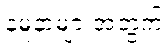
နမူနာများအတွက်